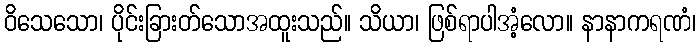
ဝိသေသော၊ ပိုင်းခြားတ်သောအထူးသည်။ သိယာ၊ ဖြစ်ရာပါအံ့လော။ နာနာကရဏံ၊